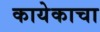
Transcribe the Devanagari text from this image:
कायेकाचा